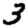
Digit: 3